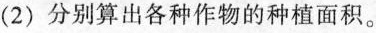
(2)分别算出各种作物的种植面积。